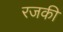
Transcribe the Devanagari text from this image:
रजकी